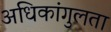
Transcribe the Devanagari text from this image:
अधिकांगुलता